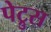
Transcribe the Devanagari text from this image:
पेट्रुस